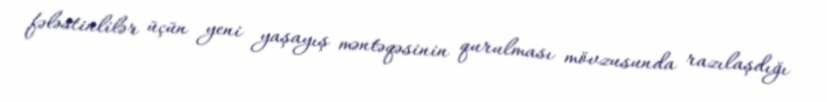
fələstinlilər üçün yeni yaşayış məntəqəsinin qurulması mövzusunda razılaşdığı